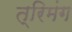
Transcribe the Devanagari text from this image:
त्रिमंग